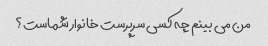
من می بینم چه کسی سرپرست خانوار شماست؟